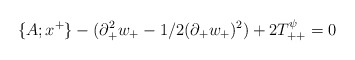
\begin{align*}\{A;x^+ \} -(\partial^2_{+} w_{+} -1/2 (\partial_{+} w_{+})^2)+2T_{++}^{\psi}=0\end{align*}